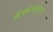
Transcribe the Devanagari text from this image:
मॅक्सम्युलरने